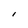
Character: l